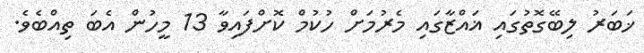
ޚަބަރު ލިބޭގޮތުގައި ޣައްޒާގައި މެރުމަށް ހުކުމް ކޮށްފައިވާ 13 މީހުން އެބަ ތިއްބެވެ.